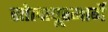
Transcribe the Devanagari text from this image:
सोलापूरमार्गे